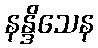
နန္ဒိသေန